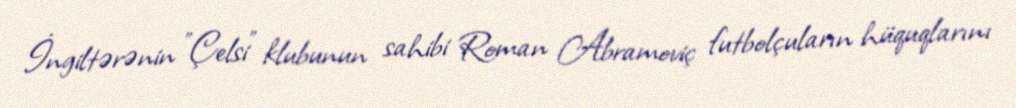
İngiltərənin "Çelsi" klubunun sahibi Roman Abramoviç futbolçuların hüquqlarını